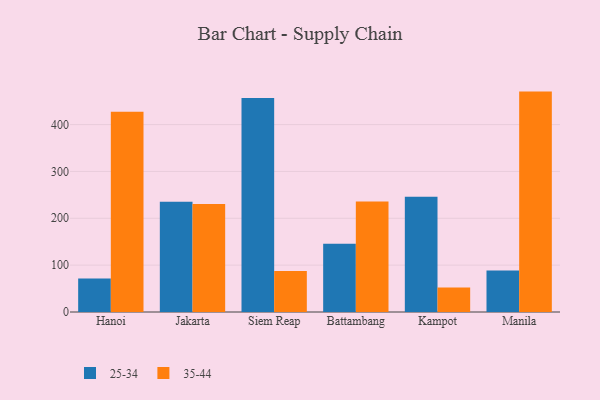
{"axis": {"x": "City", "y": "Website Visitors"}, "legend": ["25-34", "35-44"], "data": [{"x": "Hanoi", "y": 71.7, "type": "25-34"}, {"x": "Hanoi", "y": 427.3, "type": "35-44"}, {"x": "Jakarta", "y": 235.5, "type": "25-34"}, {"x": "Jakarta", "y": 230.3, "type": "35-44"}, {"x": "Siem Reap", "y": 456.5, "type": "25-34"}, {"x": "Siem Reap", "y": 87.6, "type": "35-44"}, {"x": "Battambang", "y": 145.4, "type": "25-34"}, {"x": "Battambang", "y": 235.9, "type": "35-44"}, {"x": "Kampot", "y": 245.9, "type": "25-34"}, {"x": "Kampot", "y": 52.4, "type": "35-44"}, {"x": "Manila", "y": 88.4, "type": "25-34"}, {"x": "Manila", "y": 470.4, "type": "35-44"}]}